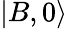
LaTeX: |B,0\rangle